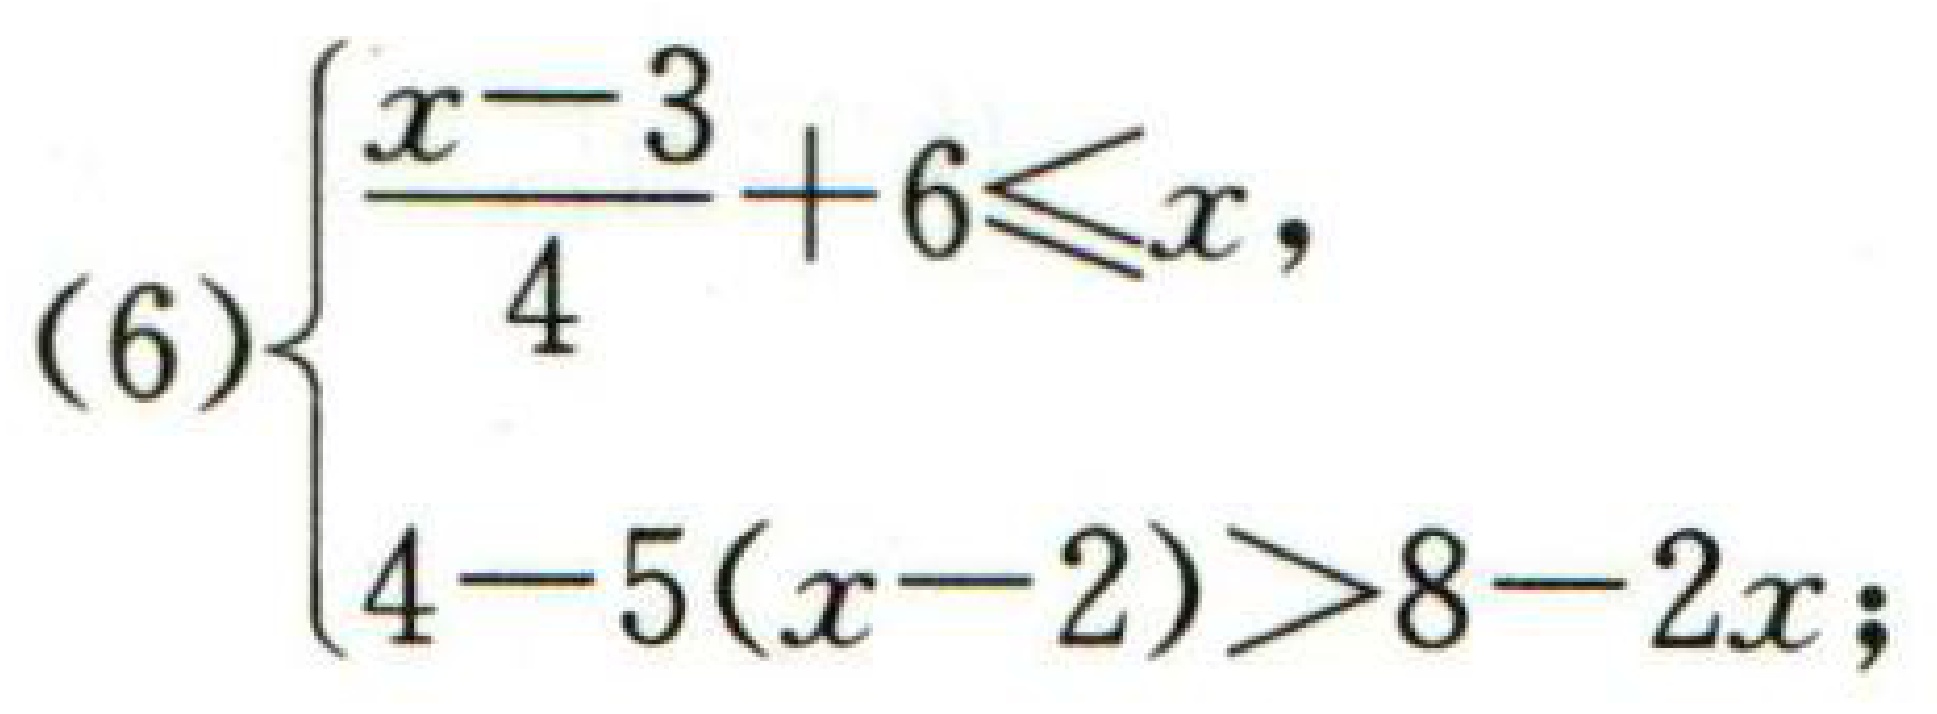
\((6)\begin{cases}\dfrac{x - 3}{4}+6\leqslant x,\\4 - 5(x - 2)>8 - 2x;\end{cases}\)